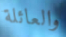
والعائلة